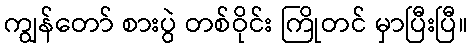
ကျွန်တော် စားပွဲ တစ်ဝိုင်း ကြိုတင် မှာပြီးပြီ။